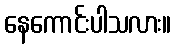
နေကောင်းပါသလား။